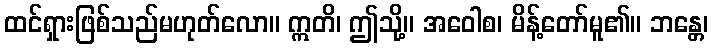
ထင်ရှားဖြစ်သည်မဟုတ်လော။ ဣတိ၊ ဤသို့။ အဝေါစ၊ မိန့်တော်မူ၏။ ဘန္တေ၊